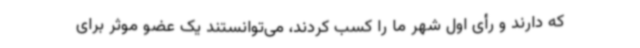
که دارند و رأی اول شهر ما را کسب کردند، می‌توانستند یک عضو موثر برای